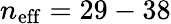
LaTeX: n_{\mathrm{eff}}=29-38